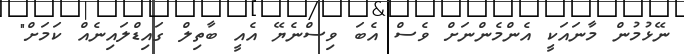
ނޭޅުމުން މާނައަކީ އެންމެންނަށް ވެސް އެބަ ވިސްނެޔޭ އެއީ ބާތިލް ގައިޑްލައިނެއް ކަމަށް"